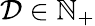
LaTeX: \mathcal{D}\in\mathbb{N}_{+}